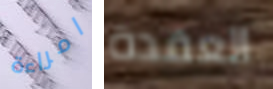
امراءة العقدة